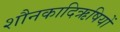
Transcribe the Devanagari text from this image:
शौनकादिऋषियों